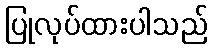
ပြုလုပ်ထားပါသည်